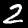
Label: 2